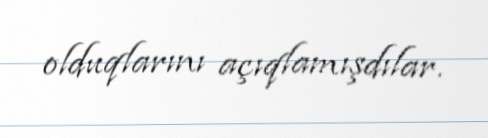
olduqlarını açıqlamışdılar.